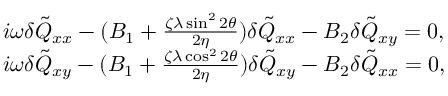
\begin{array} { r l } & { i \omega \delta \tilde { Q } _ { x x } - ( B _ { 1 } + \frac { \zeta \lambda \sin ^ { 2 } 2 \theta } { 2 \eta } ) \delta \tilde { Q } _ { x x } - B _ { 2 } \delta \tilde { Q } _ { x y } = 0 , } \\ & { i \omega \delta \tilde { Q } _ { x y } - ( B _ { 1 } + \frac { \zeta \lambda \cos ^ { 2 } 2 \theta } { 2 \eta } ) \delta \tilde { Q } _ { x y } - B _ { 2 } \delta \tilde { Q } _ { x x } = 0 , } \end{array}